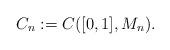
LaTeX: \begin{align*}C_n:=C([0,1],M_n).\end{align*}